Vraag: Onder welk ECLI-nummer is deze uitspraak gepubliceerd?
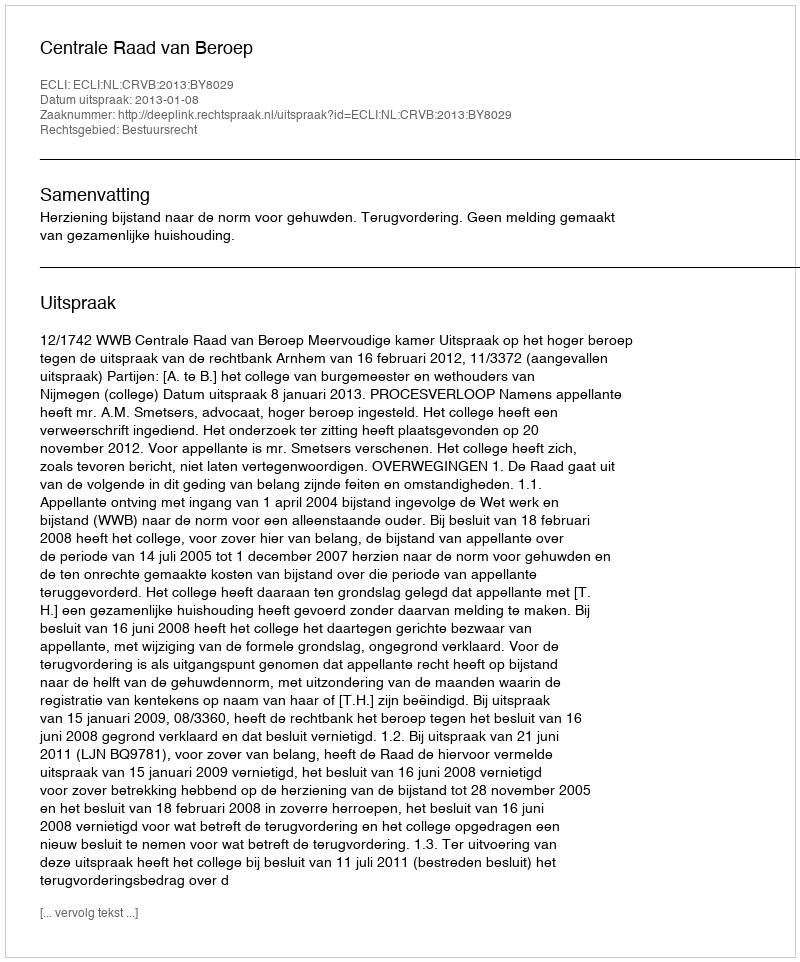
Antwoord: ECLI:NL:CRVB:2013:BY8029